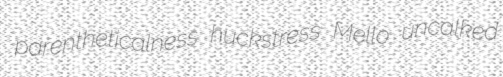
parentheticalness huckstress Mello uncalked